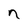
Character: n